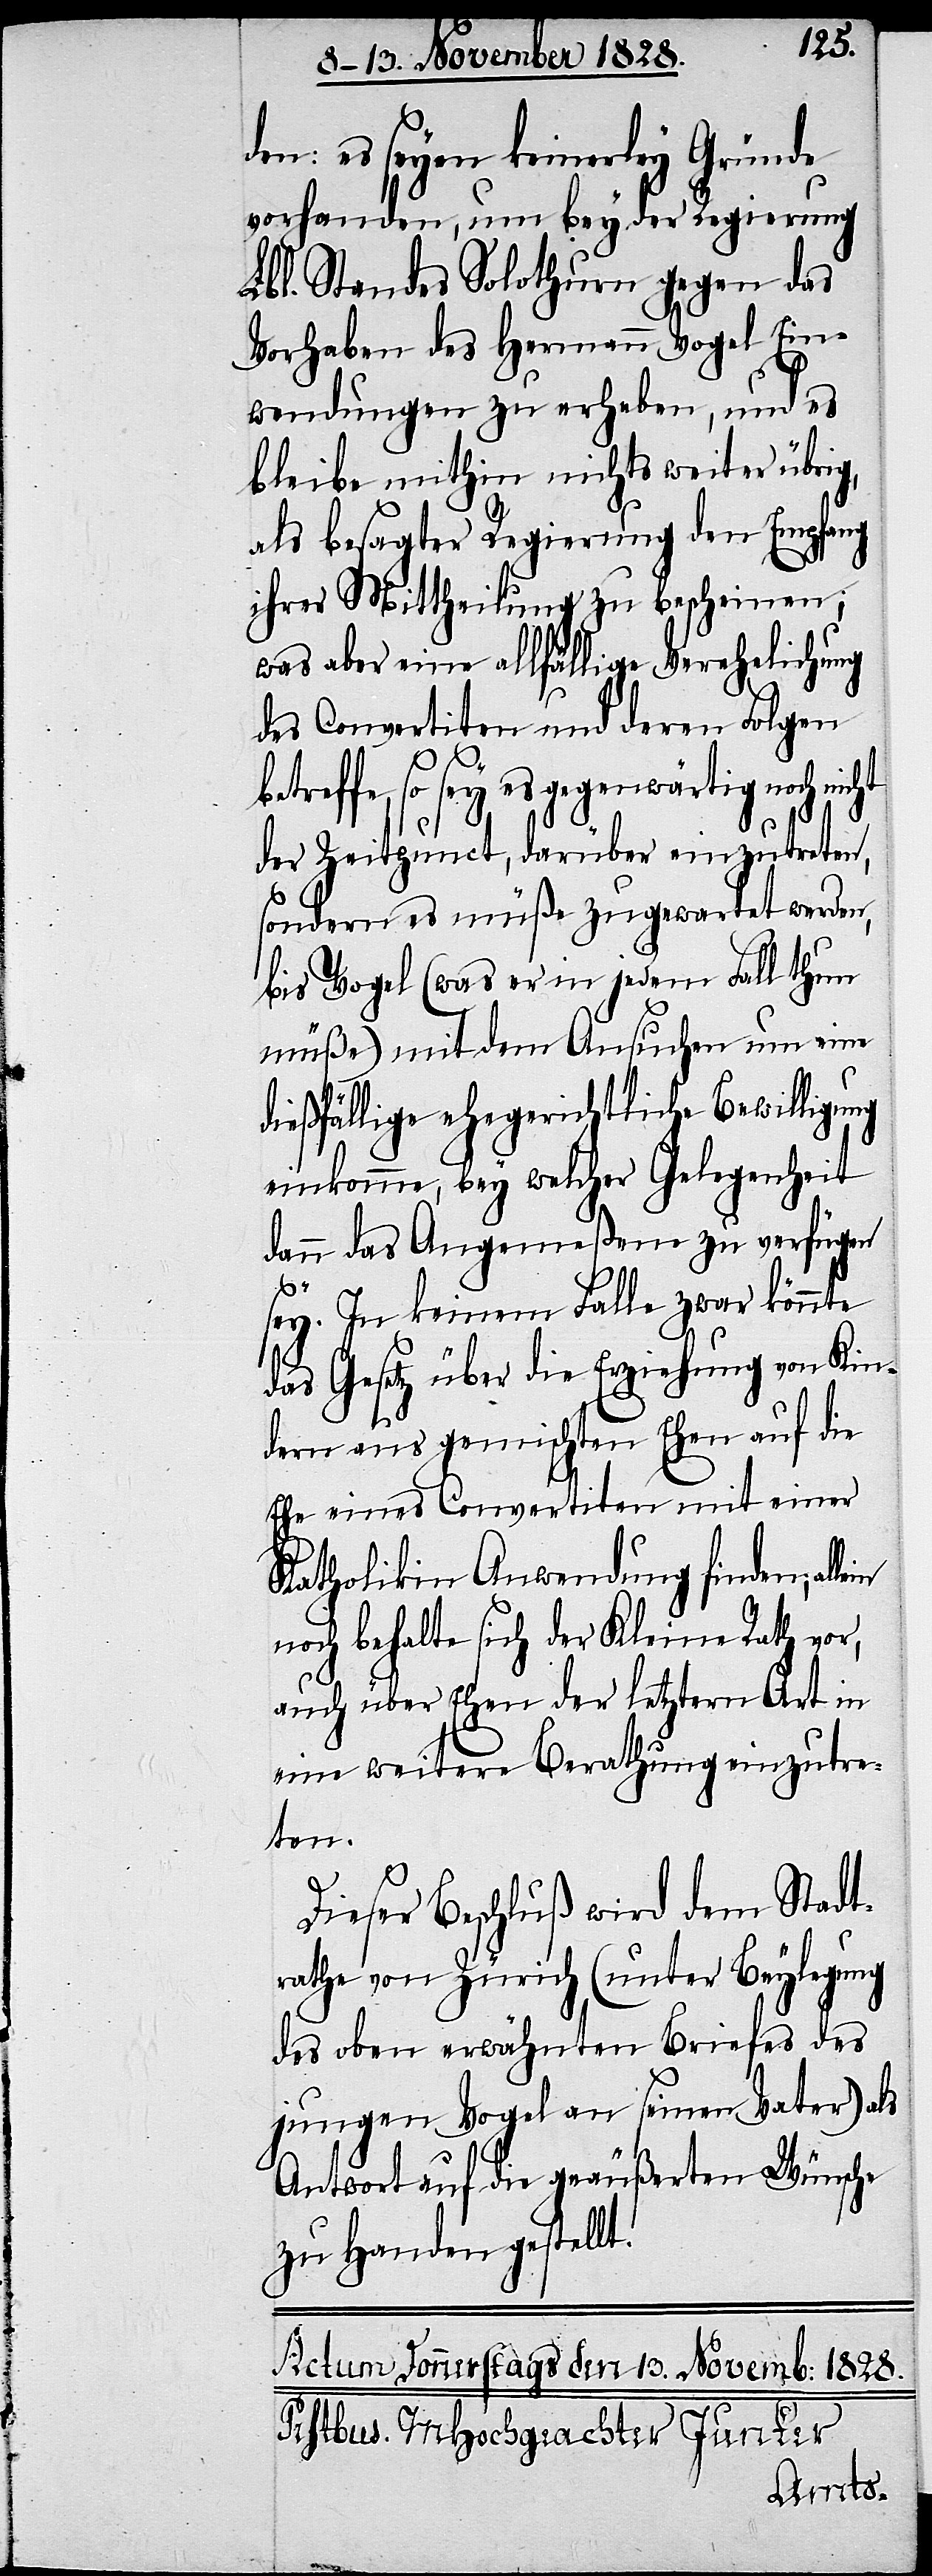
den: es seyen keinerley Gründe
vorhanden, um bey der Regierung
Lbl. Standes Solothurn gegen das
Vorhaben des Hermann Vogel Ein¬
wendungen zu erheben, und es
bleibe mithin nichts weiter übrig,
als besagter Regierung den Empfang
ihrer Mittheilung zu bescheinen;
was aber eine allfällige Verehelichung
des Convertiten und deren Folgen
treffe, so sey es gegenwärtig noch
der Zeitpunct, darüber einzutreten,
sondern es müße zugewartet werden,
bis Vogel (was er in jedem Fall thun
müße) mit dem Ansuchen um eine
dießfällige ehegerichtliche Bewilligung
einkomme, bey welcher Gelegenheit
dann das Angemeßene zu verfügen
be¬
sey. In keinem Falle zwar könnte
das Gesetz über die Erziehung von Kin¬
dern aus gemischten Ehen auf die
Ehe eines Convertiten mit einer
Katholikin Anwendung finden;
noch behalte sich der Kleine Rath vor,
auch über Ehen der letztern Art in
eine weitere Berathung einzutre¬
ten.
Dieser Bericht wird dem Stadt¬
rathe von Zürich (unter Beylegung
des oben erwähnten Briefes des
jungen Vogel an seinen Vater) als
Antwort auf die geäußerten Wünsche
zu Handen gestellt.